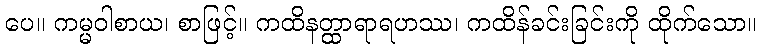
ပေ။ ကမ္မဝါစာယ၊ စာဖြင့်။ ကထိနတ္ထာရာရဟဿ၊ ကထိန်ခင်းခြင်းကို ထိုက်သော။